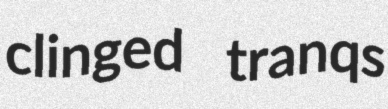
clinged tranqs